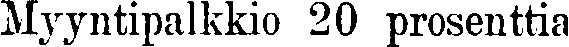
Myyntipalkkio 20 prosenttia.